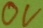
Text: 0V